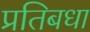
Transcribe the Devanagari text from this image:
प्रतिबधा